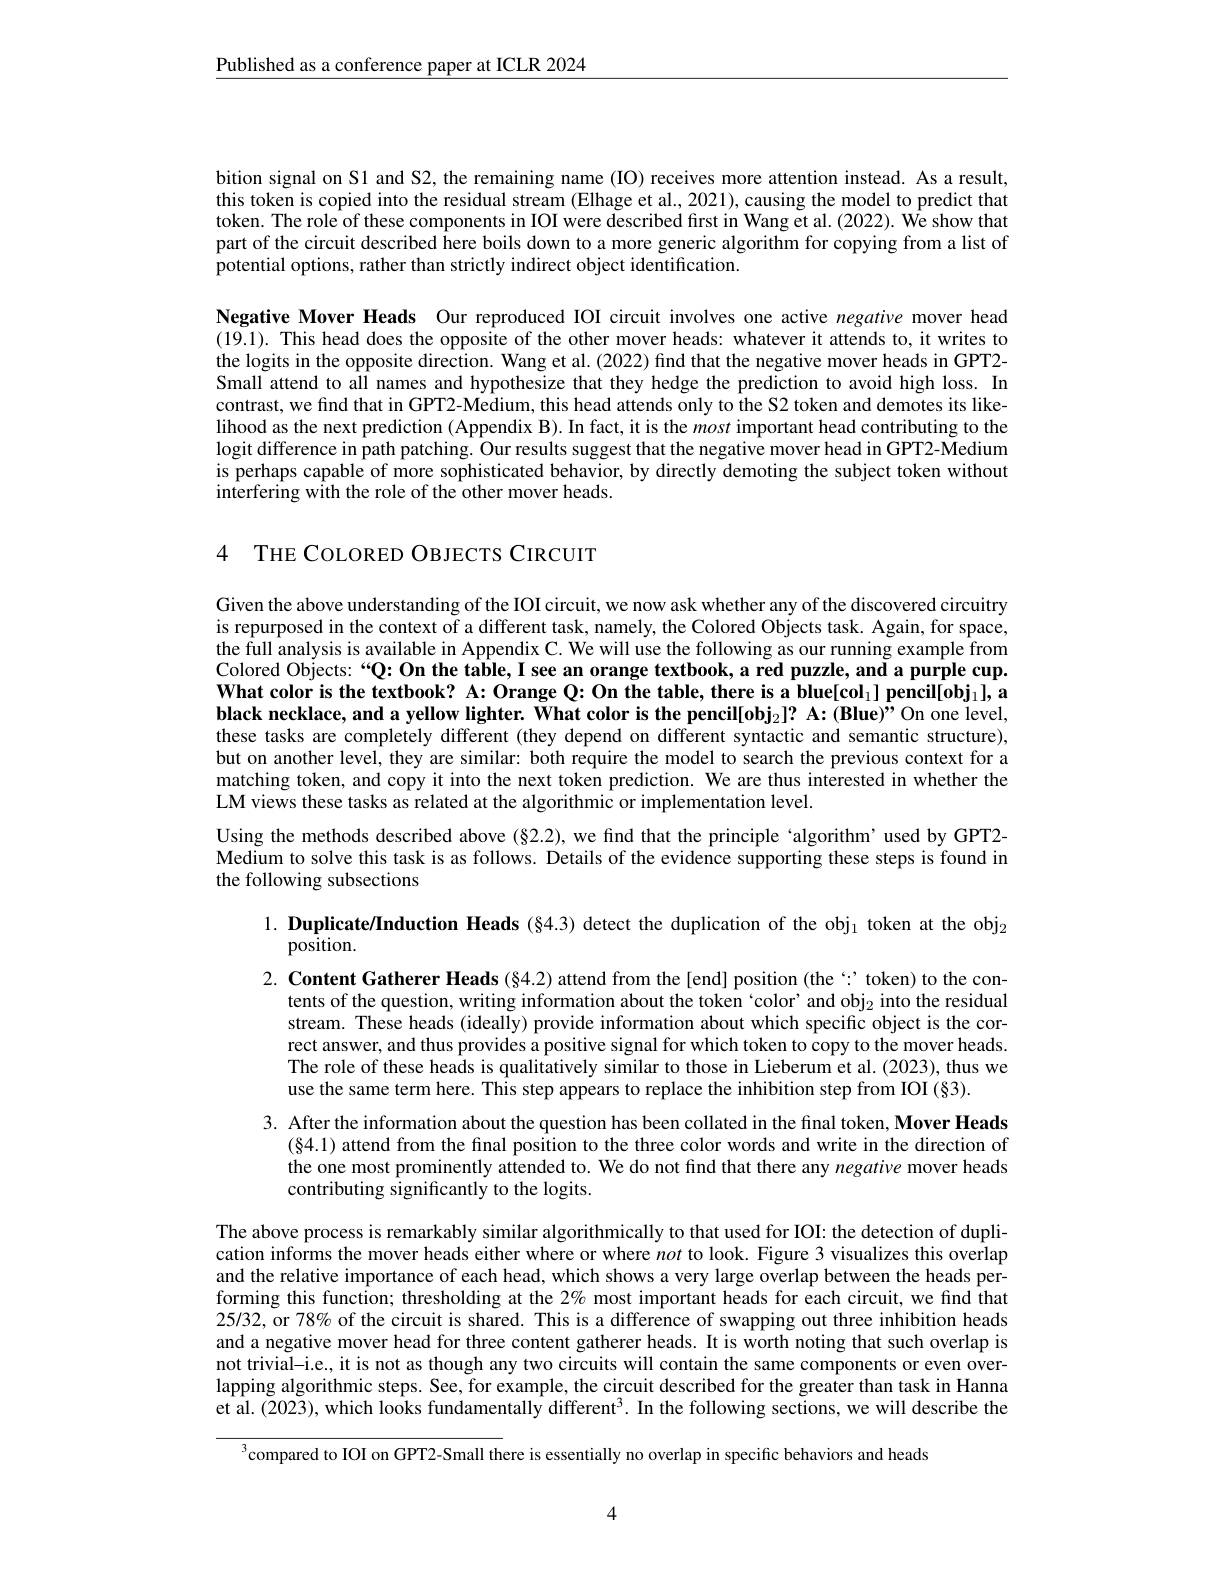
$\underline{\text{Published as a conference paper at ICLR 2024}}$

bition signal on S1 and S2, the remaining name (IO) receives more attention instead. As a result, this token is copied into the residual stream (Elhage et al., 2021), causing the model to predict that token. The role of these components in IOI were described first in Wang et al. (2022). We show that part of the circuit described here boils down to a more generic algorithm for copying from a list of potential options, rather than strictly indirect object identification.

Negative Mover Heads Our reproduced IOI circuit involves one active negative mover head (19.1). This head does the opposite of the other mover heads: whatever it attends to, it writes to the logits in the opposite direction. Wang et al.(2022) find that the negative mover heads in GPT2- Small attend to all names and hypothesize that they hedge the prediction to avoid high loss. In contrast, we find that in GPT2-Medium, this head attends only to the S2 token and demotes its likelihood as the next prediction ( Appendix B). In fact, it is the most important head contributing to the logit difference in path patching. Our results suggest that the negative mover head in GPT2- Medium is perhaps capable of more sophisticated behavior, by directly demoting the subject token without interfering with the role of the other mover heads.

4 THE COLORED OBJECTS CIRCUIT

Given the above understanding of the IOI circuit, we now ask whether any of the discovered circuitry is repurposed in the context of a different task, namely, the Colored Objects task. Again, for space, the full analysis is available in Appendix C. We will use the following as our running example from Colored Objects:“Q: On the table, I see an orange textbook, a red puzzle, and a purple cup. What color is the textbook? A: Orange Q: On the table, there is a blue[col$_1]\text{pencil[obj}_1$l, a black necklace, and a yellow lighter. What color is the pencil[obj$_2] ? \textbf{A: ( Blue) " On one level, }$ these tasks are completely different (they depend on different syntactic and semantic structure), but on another level, they are similar: both require the model to search the previous context for a matching token, and copy it into the next token prediction. We are thus interested in whether the LM views these tasks as related at the algorithmic or implementation level.
Using the methods described above (§2.2), we find that the principle ‘algorithm’used by GPT2- Medium to solve this task is as follows. Details of the evidence supporting these steps is found in the following subsections

1. Duplicate/Induction Heads (§4.3) detect the duplication of the obj$_1$ token at the obj$_2$
position.

2. Content Gatherer Heads (§4.2) attend from the[end] position (the ‘’token) to the con-
tents of the question, writing information about the token `color' and obj$_2$ into the residual stream. These heads (ideally) provide information about which specific object is the correct answer, and thus provides a positive signal for which token to copy to the mover heads. The role of these heads is qualitatively similar to those in Lieberum et al.(2023), thus we use the same term here. This step appears to replace the inhibition step from IOI (§3).

3. After the information about the question has been collated in the final token, Mover Heads
(84.1) attend from the final position to the three color words and write in the direction of the one most prominently attended to. We do not find that there any negative mover heads contributing significantly to the logits.

The above process is remarkably similar algorithmically to that used for IOI: the detection of duplication informs the mover heads either where or where not to look. Figure 3 visualizes this overlap and the relative importance of each head, which shows a very large overlap between the heads performing this function; thresholding at the 2% most important heads for each circuit, we find that 25/32, or 78% of the circuit is shared. This is a difference of swapping out three inhibition heads and a negative mover head for three content gatherer heads. It is worth noting that such overlap is not trivial-i.e., it is not as though any two circuits will contain the same components or even overlapping algorithmic steps. See, for example, the circuit described for the greater than task in Hanna et al. (2023), which looks fundamentally different$^3.$ In the following sections, we will describe the

$^{3}$compared to IOI on GPT2-Small there is essentially no overlap in specific behaviors and heads

4